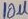
Text: 10µ